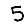
Digit: 5